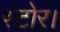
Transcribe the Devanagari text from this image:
स्टोर।